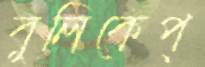
বুলিকেপ্